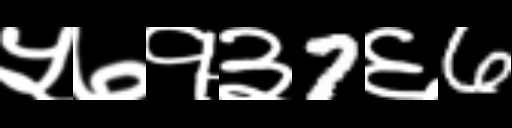
Text: ५७१३7६6